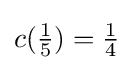
c({\tfrac {1}{5}})={\tfrac {1}{4}}